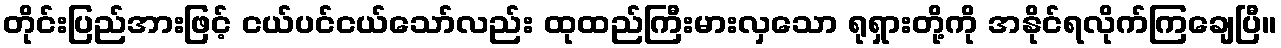
တိုင်းပြည်အားဖြင့် ငယ်ပင်ငယ်သော်လည်း ထုထည်ကြီးမားလှသော ရုရှားတို့ကို အနိုင်ရလိုက်ကြချေပြီ။